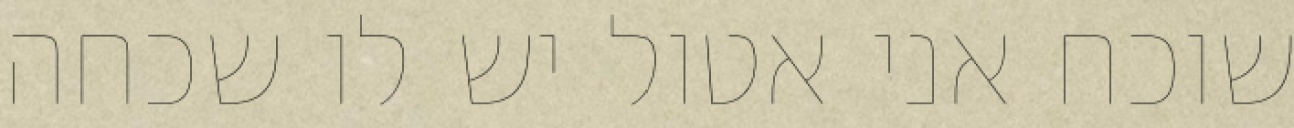
שוכח אני אטול יש לו שכחה